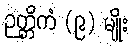
ဉတ္တိကံ (၉) မျိုး